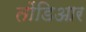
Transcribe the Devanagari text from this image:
तोंडिआर